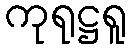
ကုရုဋ္ဌရူ